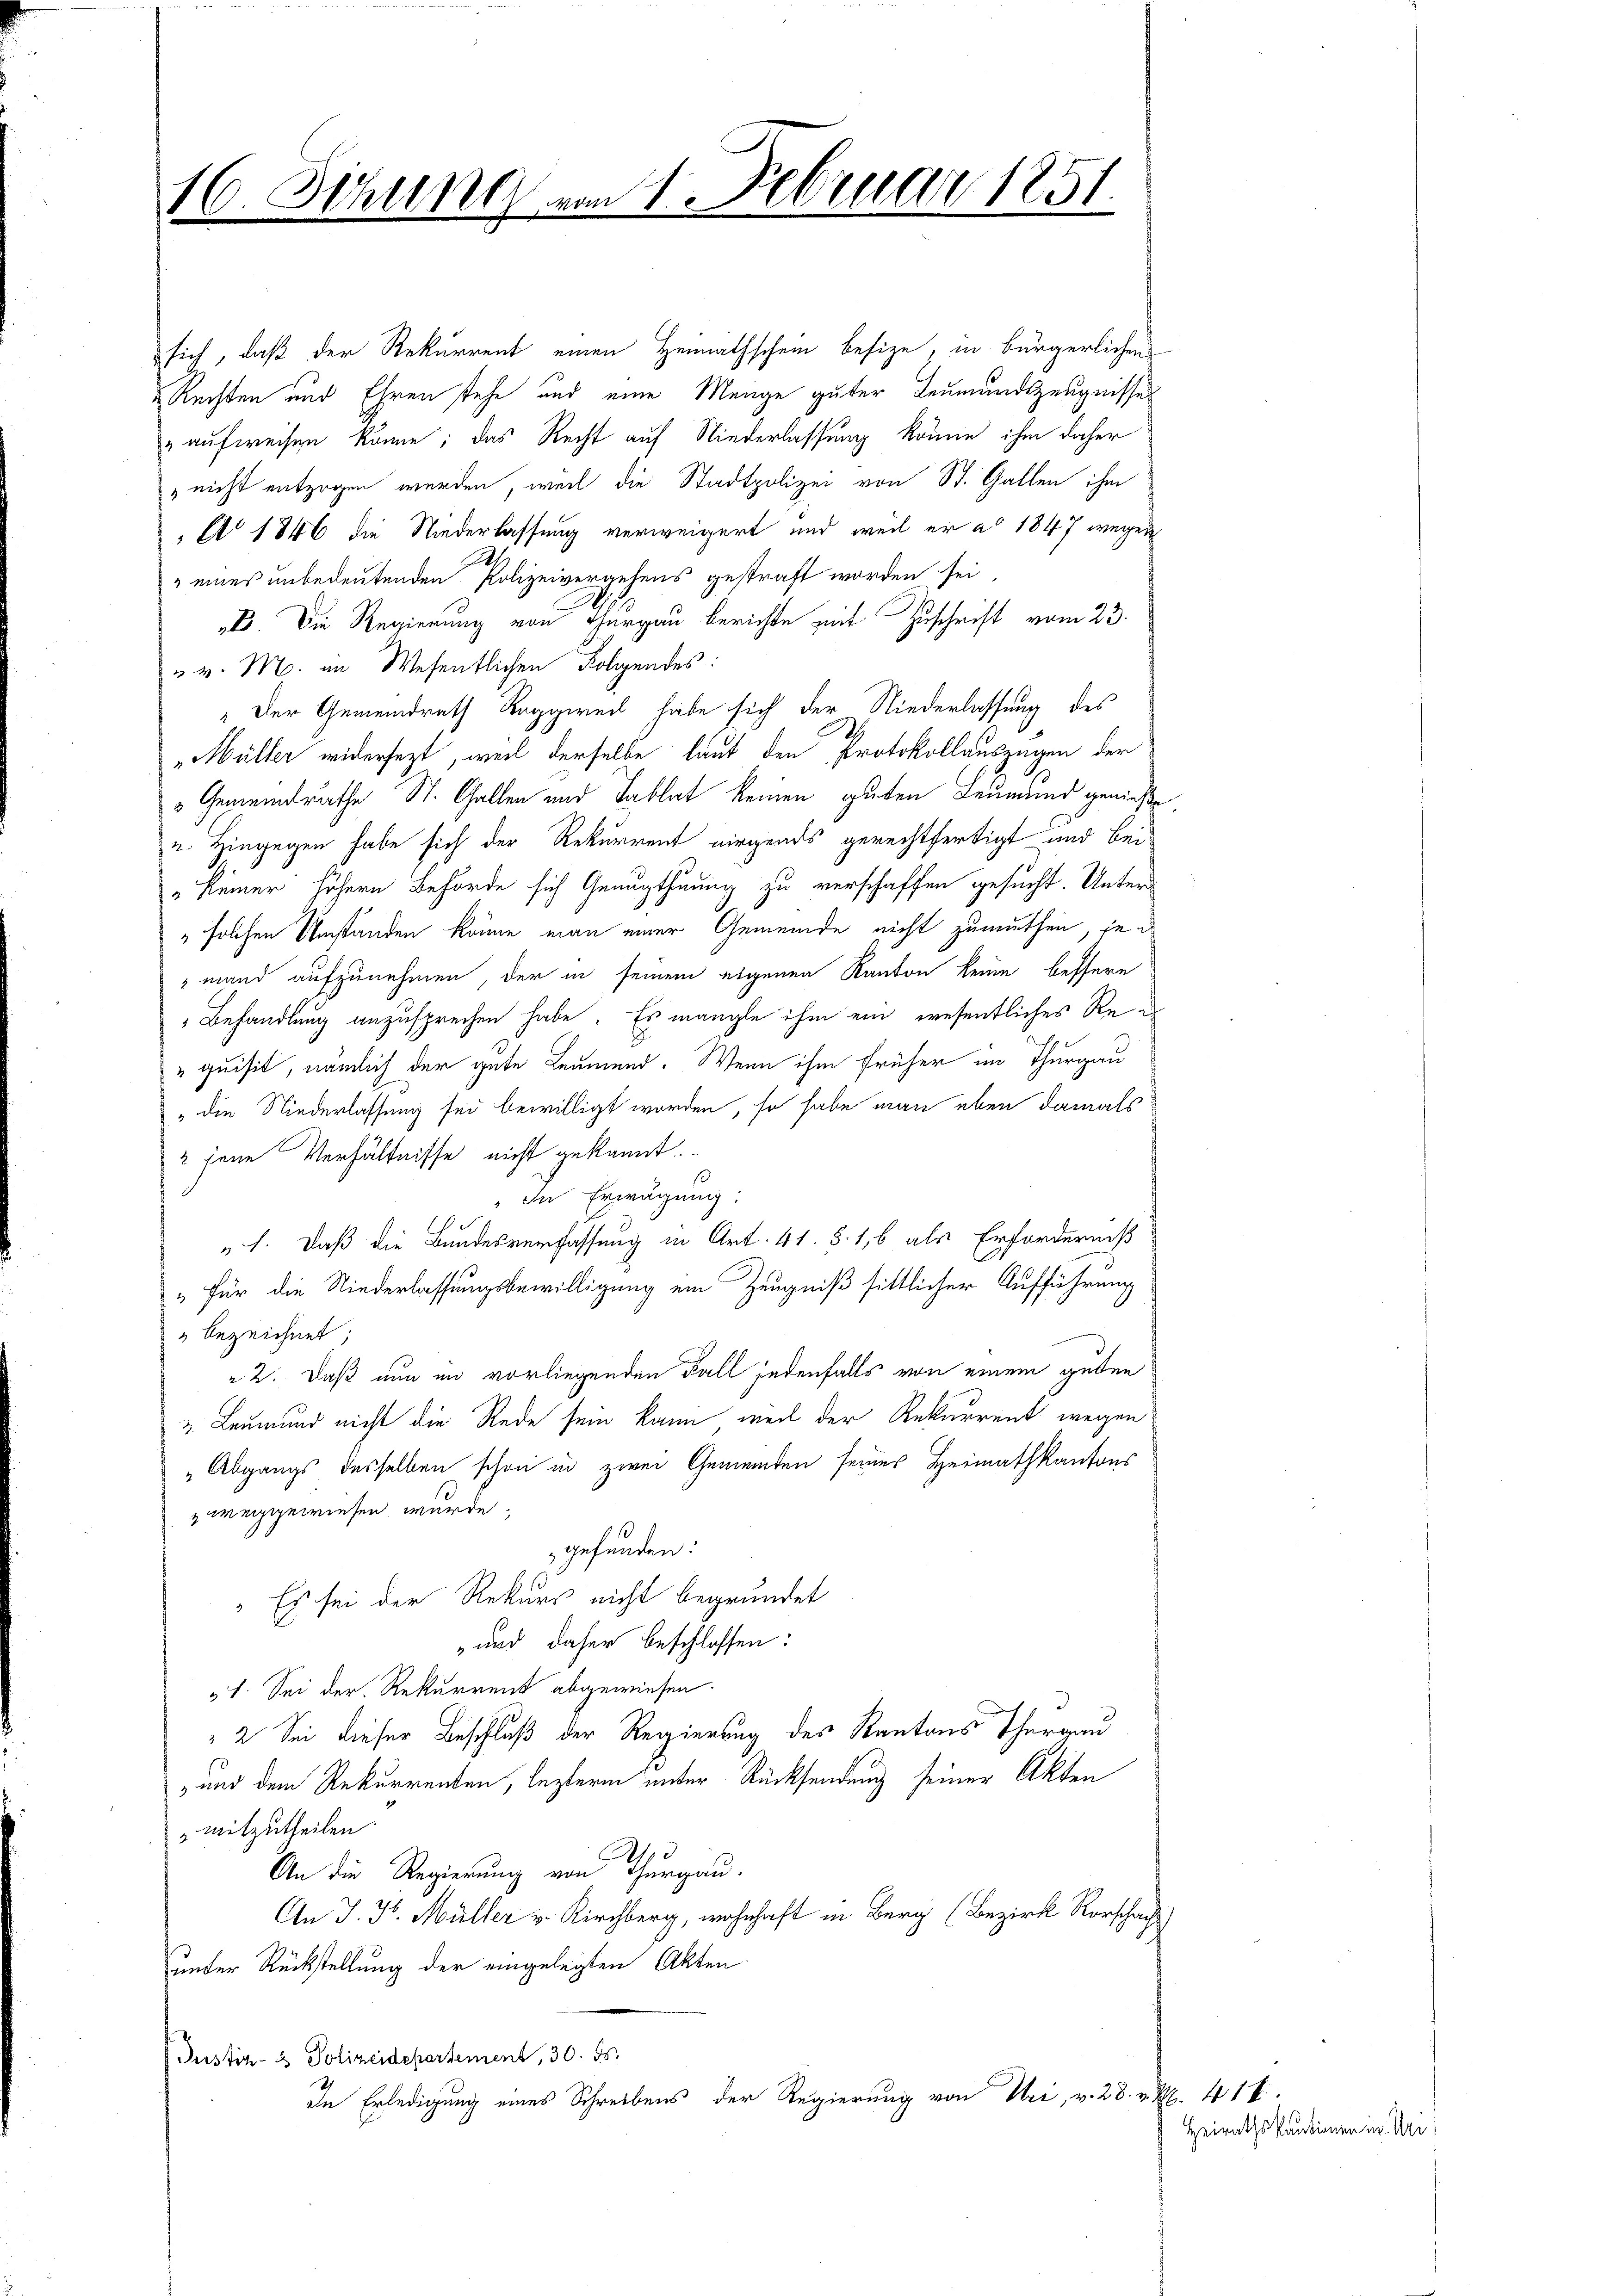
( Sichung vom 1. Februar 1851.
1
d

sich, daß der Rekurrent einen Heimathschein besize, in bürgerlichens
Rechten aus Ehren stehe und eine Menge guter Leumundszeugnisses
aufweisen könne; das Recht auf Niederlassung könne ihm daher
 nicht entzogen werden, weil die Stadtpolizei von St. Gallen ihm
A 1846 die Niederlassung verweigert und weil er ad 1847 wegen
" eines unbedeutenden Polizeivergehens gestraft worden sei
B. Die Regierung von Thurgau berichte mit Zuschrift vom 23.
" v. M. an Wesentlichen Folgendes:
" Der Gemeindrath Roggweil habe sich der Niederlassung des
Müller widersezt, weil derselbe laut den Protokollauszügen der
Gemeindrathe St. Gallen und Tablat keinen guten Leumund genieße
u. Hingegen habe sich der Rekurrent nirgends gerechtfertigt und bei
 keiner höhern Behörde sich Genugthuung zu verschaffen gesucht. Unter
" solchen Umständen könne man einer Gemeinde nicht zumuthen, je n
"mand aufzunehmen, der in seinem eigenen Kanton keine bessere
Behandlung anzusprechen habe. Es mangle ihm ein wesentliches Rei
„quisit, nämlich der gute Leumund. Wenn ihm früher im Thurgau
 " die Niederlassung sei bewilligt worden, so habe man eben damals
2 jene Verhältnisse nicht gekannt.
" In Erwägung:
„1. Daß die Bundesverfassung in Art. 41. §. 16 als Erforderniß
„Für die Niederlassungsbewilligung ein Zeugniß sittlicher Aufführung
" bezeichnet;
" 2. Daß nun im vorliegenden Fall jedenfalls von einem geden
& Leumund nicht die Rede sein kann, weil der Rekurrent wegen:
„Abgangs desselben schon in zwei Gemeinden seines Heimathkantons
weggewiesen würde.
gefunden:
" Es sei der Rekurs nicht begründet
und daher beschlossen:
51. Sei der Rekurrent abgewiesen.
2 Sei dieser Beschluß der Regierung des Kantons Thurgau
-und dem Rekurrenten, lezterm unter Rücksendung seiner Akten
mitzutheilen
An die Regierung von Thurgau.
An J. J. Müller u. Kirchberg, wohnhaft in Berg (Bezirk Rorschach
unter Rückstellung der eingelegten Akten
Justiz- & Polizeidepartement, 30. 55.
In Erledigung eines Schreibens der Regierung von Uri, v. 28. v. M. 41 x

Heirathskantinen in Uri